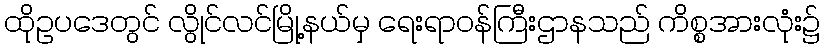
ထိုဥပဒေတွင် လွိုင်လင်မြို့နယ်မှ ရေးရာဝန်ကြီးဌာနသည် ကိစ္စအားလုံး၌